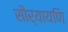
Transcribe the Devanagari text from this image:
सौर्यायणि